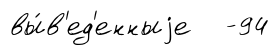
вы́в'ед'енныjе -94